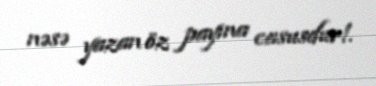
nəsə yazan öz payına casusdur!.